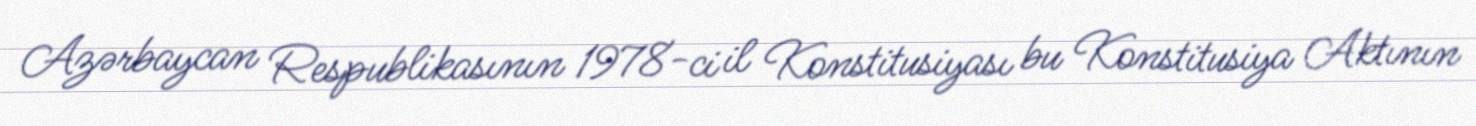
Azərbaycan Respublikasının 1978-ci il Konstitusiyası bu Konstitusiya Aktının